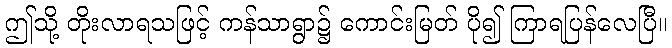
ဤသို့ တိုးလာရသဖြင့် ကန်သာရွာ၌ ကောင်းမြတ် ပို၍ ကြာရပြန်လေပြီ။